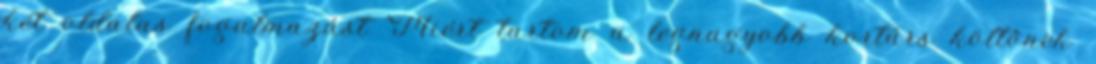
két oldalas fogalmazást ’Miért tartom a legnagyobb kortárs költőnek